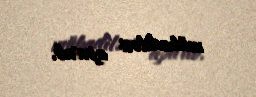
mübadiləsi aparıb.